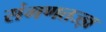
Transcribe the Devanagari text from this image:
संगणतज्ज्ञ